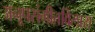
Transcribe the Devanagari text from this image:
अनूपसंगीतविलास